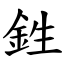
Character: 鉎